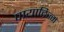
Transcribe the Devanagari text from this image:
पायाटिज्म